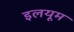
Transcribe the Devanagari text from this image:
इलयूम